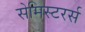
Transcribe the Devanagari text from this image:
सेमिस्टरर्स